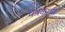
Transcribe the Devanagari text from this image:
चषकाची